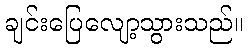
ချင်းပြေလျော့သွားသည်။